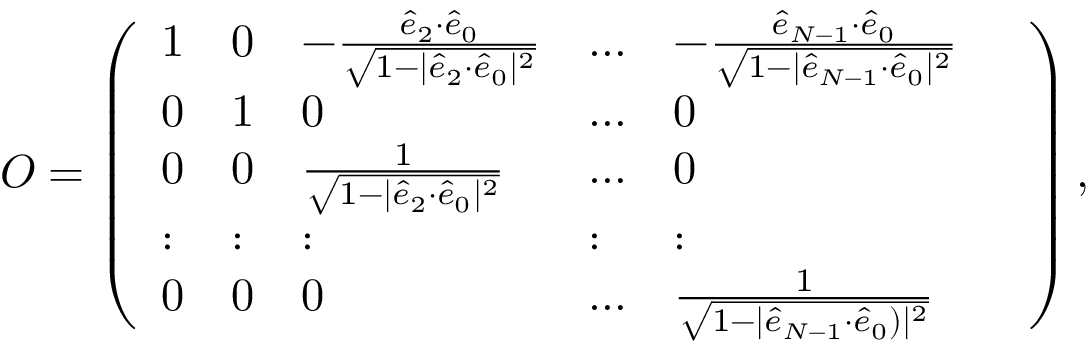
\begin{array} { r } { \! O = \left( \begin{array} { l l l l l l } { 1 } & { 0 } & { - \frac { \hat { e } _ { 2 } { \cdot } \hat { e } _ { 0 } } { \sqrt { 1 - | \hat { e } _ { 2 } { \cdot } \hat { e } _ { 0 } | ^ { 2 } } } } & { \dots } & { - \frac { \hat { e } _ { N - 1 } { \cdot } \hat { e } _ { 0 } } { \sqrt { 1 - | \hat { e } _ { N - 1 } { \cdot } \hat { e } _ { 0 } | ^ { 2 } } } } & \\ { 0 } & { 1 } & { 0 } & { \dots } & { 0 } \\ { 0 } & { 0 } & { \frac { 1 } { \sqrt { 1 - | \hat { e } _ { 2 } { \cdot } \hat { e } _ { 0 } | ^ { 2 } } } } & { \dots } & { 0 } \\ { : } & { : } & { : } & { : } & { : } \\ { 0 } & { 0 } & { 0 } & { \dots } & { \frac { 1 } { \sqrt { 1 - | \hat { e } _ { N - 1 } { \cdot } \hat { e } _ { 0 } ) | ^ { 2 } } } } \end{array} \right) , } \end{array}